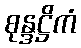
စုန္ဒဋ္ဌိကံ